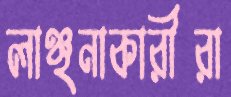
লাঞ্ছনাকারীরা